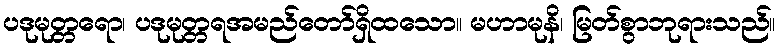
ပဒုမုတ္တရော၊ ပဒုမုတ္တရအမည်တော်ရှိထသော။ မဟာမုနိ၊ မြတ်စွာဘုရားသည်။